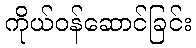
ကိုယ်ဝန်ဆောင်ခြင်း